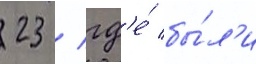
23 / гд'е́ бы́л'и